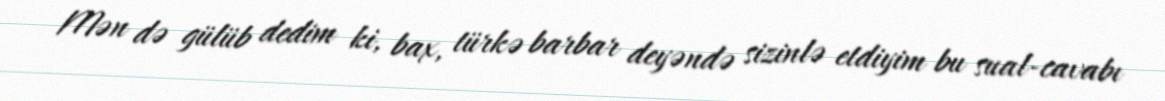
Mən də gülüb dedim ki, bax, türkə barbar deyəndə sizinlə etdiyim bu sual-cavabı